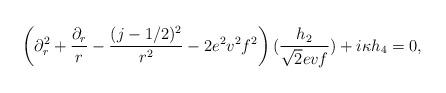
LaTeX: \begin{align*}\left(\partial_r^2 +{\partial_r\over r}-{(j-1/2)^2\over r^2} -2e^2v^2f^2\right) ({h_2\over \sqrt{2}evf}) +i\kappa h_4=0, \end{align*}